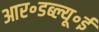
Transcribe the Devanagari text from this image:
आर॰डब्ल्यू॰ई